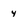
Character: 4